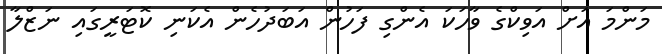
މަންމަ އަށް އަވިކްގެ ވާހަކަ އެންގި ފަހުން އަބަދުހެން އެކަނި ކޮޓަރީގައި ނަޒްލާ